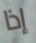
إذا